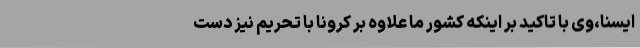
ایسنا‌،وی با تاکید بر اینکه کشور ما علاوه بر کرونا با تحریم نیز دست